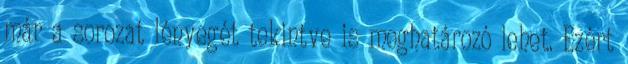
már a sorozat lényegét tekintve is meghatározó lehet. Ezért